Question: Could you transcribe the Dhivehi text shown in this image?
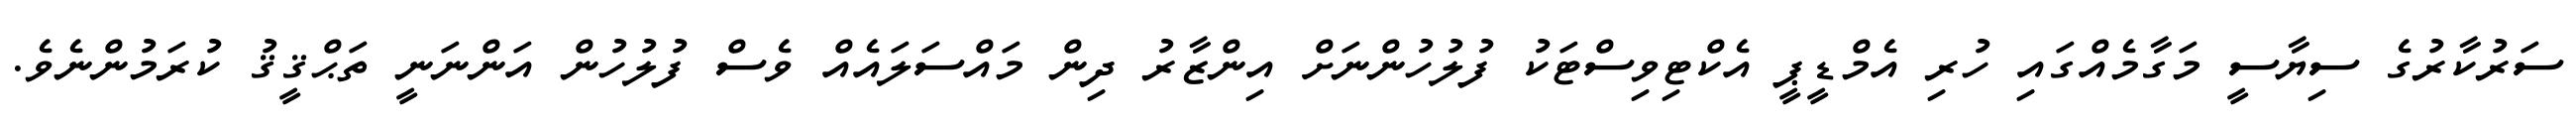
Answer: ސަރުކާރުގެ ސިޔާސީ މަގާމެއްގައި ހުރި އެމްޑީޕީ އެކްޓިވިސްޓަކު ފުލުހުންނަށް އިންޒާރު ދިން މައްސަލައެއް ވެސް ފުލުހުން އަންނަނީ ތަޙްޤީޤު ކުރަމުންނެވެ.